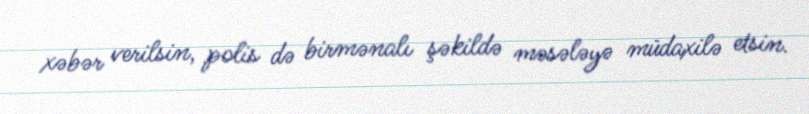
xəbər verilsin, polis də birmənalı şəkildə məsələyə müdaxilə etsin.